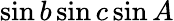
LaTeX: \sin b\sin c\sin A